Annual report on the Civil Veterinary Department, Burma (including the Insein Veterinary School) - 1923-1931
Year: 1923
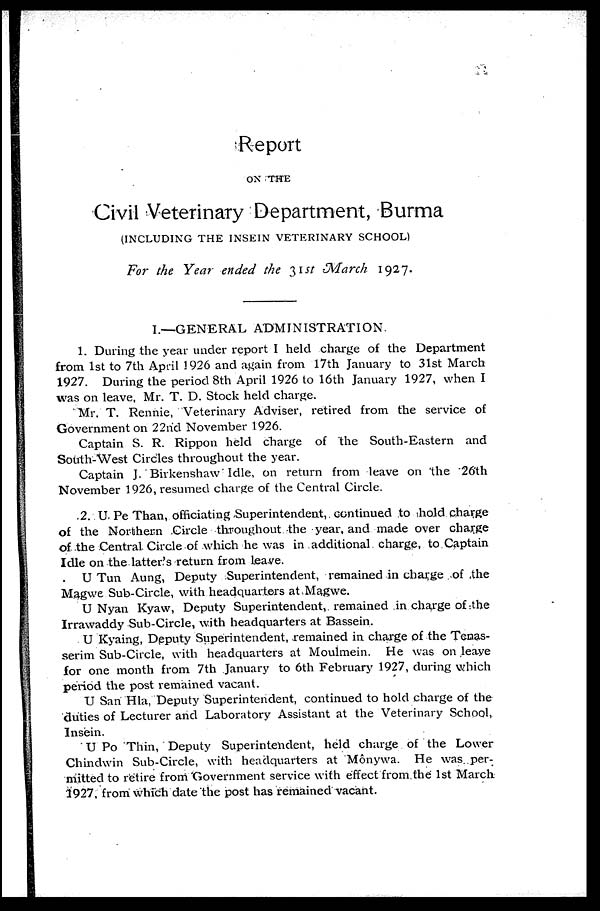
Report
ON THE
Civil Veterinary Department, Burma
(INCLUDING THE INSEIN VETERINARY SCHOOL)
For the Year ended the 31st March 1927.
I.—GENERAL ADMINISTRATION
1. During the year under report I held charge of the Department
from 1st to 7th April 1926 and again from 17th January to 31st March
1927. During the period 8th April 1926 to 16th January 1927, when I
was on leave, Mr. T. D. Stock held charge.
Mr. T. Rennie, Veterinary Adviser, retired from the service of
Government on 22nd November 1926.
Captain S. R. Rippon held charge of the South-Eastern and
South-West Circles throughout the year.
Captain J. Birkenshaw Idle, on return from leave on the 26th
November 1926, resumed charge of the Central Circle.
2. U. Pe Than, officiating Superintendent, continued to hold charge
of the Northern Circle throughout the year, and made over charge
of the Central Circle of which he was in additional charge, to Captain
Idle on the latter's return from Leave.
U Tun Aung, Deputy Superintendent, remained in charge of the
Magwe Sub-Circle, with headquarters at Magwe.
U Nyan Kyaw, Deputy Superintendent, remained in charge of the
Irrawaddy Sub-Circle, with headquarters at Bassein.
U Kyaing, Deputy Superintendent, remained in charge of the Tenas-
serim Sub-Circle, with headquarters at Moulmein. He was on leave
for one month from 7th January to 6th February 1927, during which
period the post remained vacant.
U San Hla, Deputy Superintendent, continued to hold charge of the
duties of Lecturer and Laboratory Assistant at the Veterinary School,
Insein.
U Po Thin, Deputy Superintendent, held charge of the Lower
Chindwin Sub-Circle, with headquarters at Mônywa. He was per-
mitted to retire from Government service with effect from the 1st March
1927, from which date the post has remained vacant.